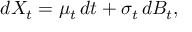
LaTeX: d X _ { t } = \mu _ { t } \, d t + \sigma _ { t } \, d B _ { t } ,